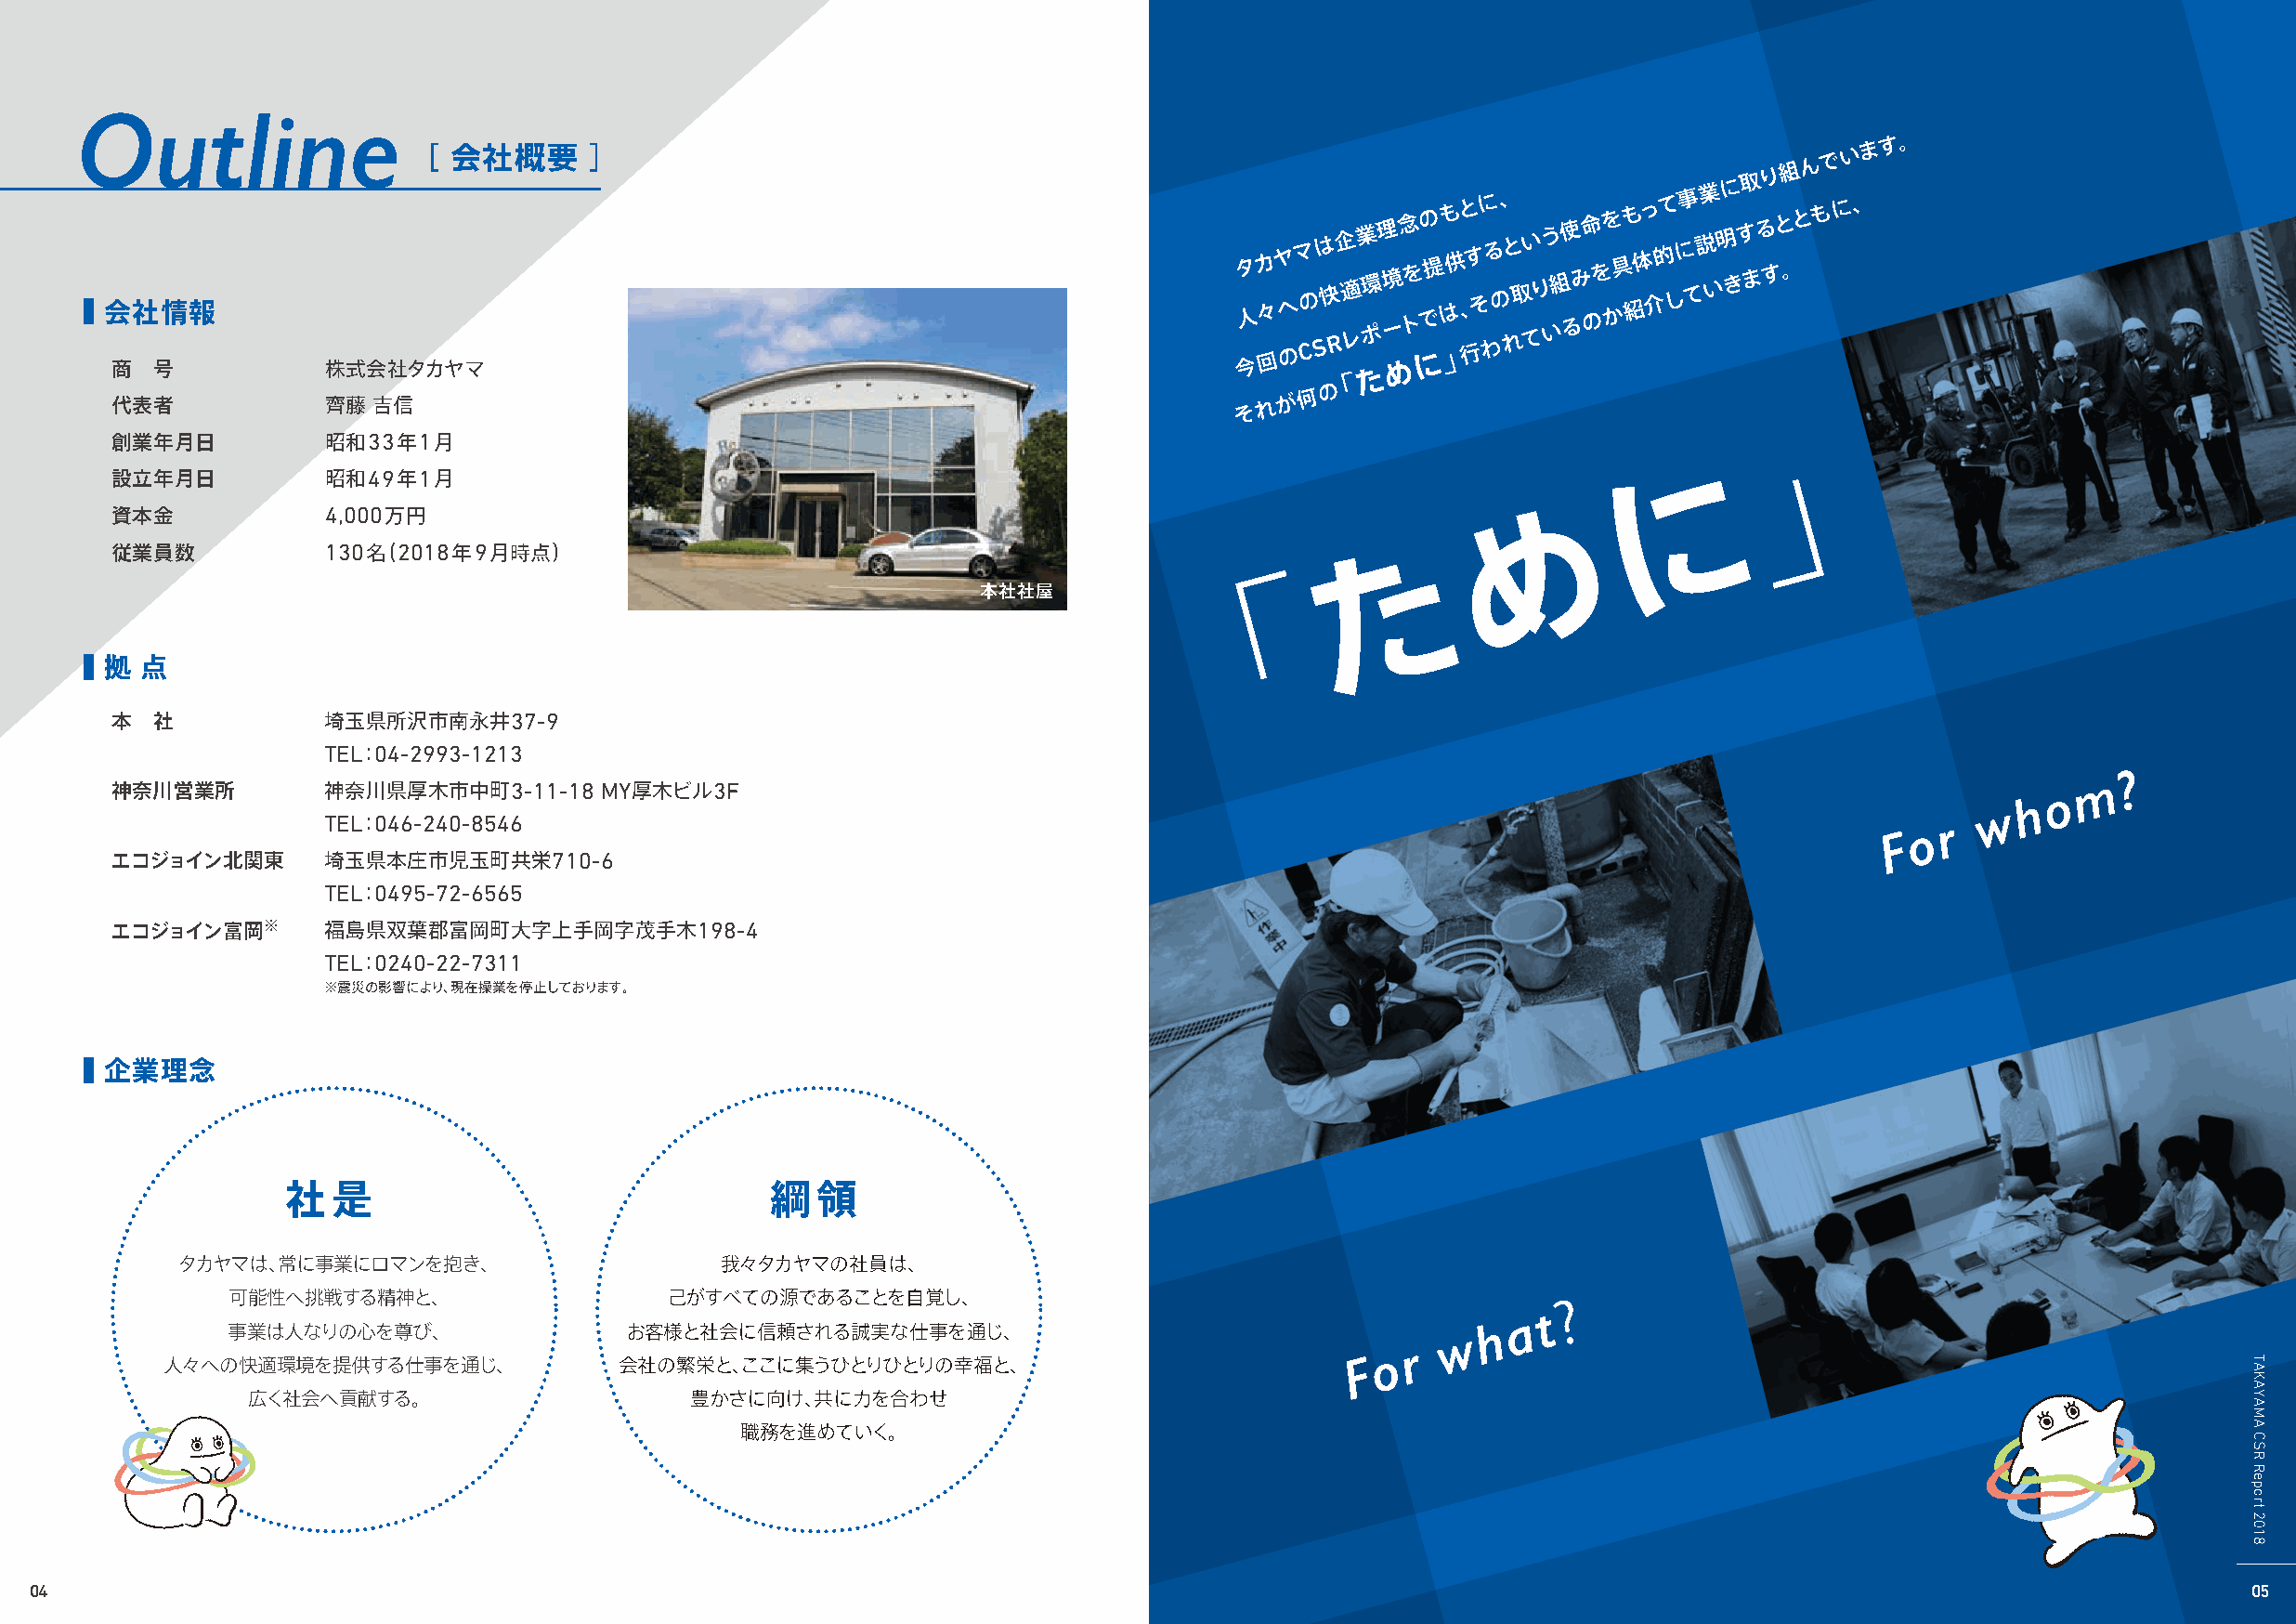
Outline
 ■ 会 商社 号情報
 株式会社タ［
 カ
 ヤ会 マ社 概 要 ］                                             タ 今人カ 回々ヤ
 へ
 のマ
 の
 C
 Sは
 快
 R企
 適
 レ業 ポ環理 ー境 め念 トを にでの 提 はも 」供と
 、
 行す そに わる の、 れと 取い てりう い組使 るみ命 のをを か具も 紹体っ 介的て しに事 て説業 い明に きす取 まるり すと組 。とん もで にい
 、ます。
 た
 「
 代表者            齊藤  吉信                                                           それが  何 の
 」
 創業年月日          昭和33年1月
 設立年月日          昭和49年1月                                                                                      に
 資本金            4,000万円                                                                            め
 従業員数           130名（2018年9月時点）                                                         た
 本社社屋           「
 ■ 拠 点
 本  社           埼玉県所沢市南永井37-9
 TEL：04-2993-1213
 m   ?
 神奈川営業所         神奈川県厚木市中町3-11-18    MY厚木ビル3F                                                                                               o
 h
 w
 TEL：046-240-8546                                                                                                  o r
 F
 エコジョイン北関東      埼玉県本庄市児玉町共栄710-6
 TEL：0495-72-6565
 エコジョイン富岡※      福島県双葉郡富岡町大字上手岡字茂手木198-4
 TEL：0240-22-7311
 ※震災の影響により、現在操業を停止しております。
 ■ 企業理念
 社   是                              綱  領
 タカヤマは、常に事業にロマンを抱き、                    我々タカヤマの社員は、
 可能性へ挑戦する精神と、                    己がすべての源であることを自覚し、
 a t ?
 h
 事業は人なりの心を尊び、                 お客様と社会に信頼される誠実な仕事を通じ、                                     w
 o r
 人々への快適環境を提供する仕事を通じ、             会社の繁栄と、ここに集うひとりひとりの幸福と、                             F
 広く社会へ貢献する。                     豊かさに向け、共に力を合わせ
 職務を進めていく。
 04                                                                                                                                                             05
 TAKAYAMA
 CSR
 Report
 2018